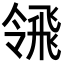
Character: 𩙳